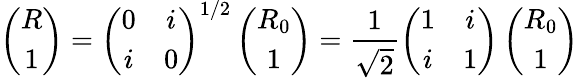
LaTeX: \left(\begin{array}{c}{{R}}\\ {{1}}\end{array}\right)=\left(\begin{array}{cc}{{0}}&{{i}}\\ {{i}}&{{0}}\end{array}\right)^{1/2}\left(\begin{array}{c}{{R_{0}}}\\ {{1}}\end{array}\right)=\frac{1}{\sqrt 2}\left(\begin{array}{cc}{{1}}&{{i}}\\ {{i}}&{{1}}\end{array}\right)\left(\begin{array}{c}{{R_{0}}}\\ {{1}}\end{array}\right)